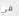
في